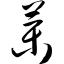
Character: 药